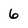
Character: 6